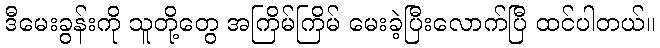
ဒီမေးခွန်းကို သူတို့တွေ အကြိမ်ကြိမ် မေးခဲ့ပြီးလောက်ပြီ ထင်ပါတယ်။